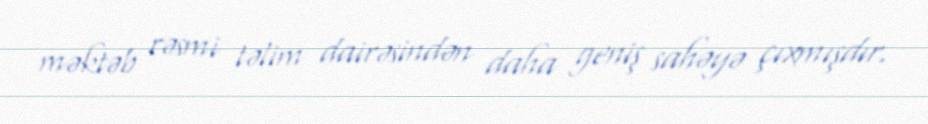
məktəb rəsmi təlim dairəsindən daha geniş sahəyə çıxmışdır.